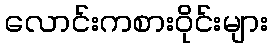
လောင်းကစားဝိုင်းများ